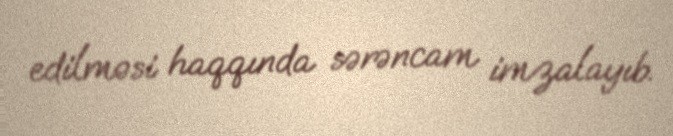
edilməsi haqqında sərəncam imzalayıb.